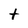
Character: t